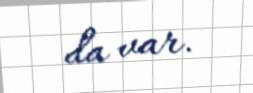
da var.